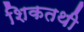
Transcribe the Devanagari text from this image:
शिकतथी